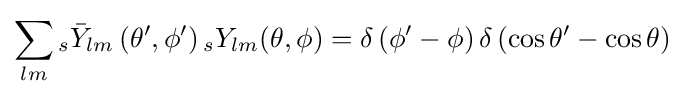
\sum _{lm}{}_{s}{\bar {Y}}_{lm}\left(\theta ',\phi '\right){}_{s}Y_{lm}(\theta ,\phi )=\delta \left(\phi '-\phi \right)\delta \left(\cos \theta '-\cos \theta \right)